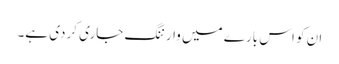
ان کو اس بارے میں وارننگ جاری کردی ہے۔